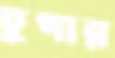
চুপার